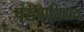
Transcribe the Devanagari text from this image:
पुरुषाशिवाय